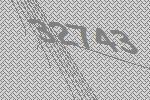
32743